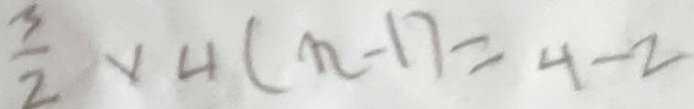
\frac { 3 } { 2 } \times 4 ( n - 1 ) = 4 - 2